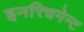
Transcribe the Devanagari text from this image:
इनरिचमेन्ट